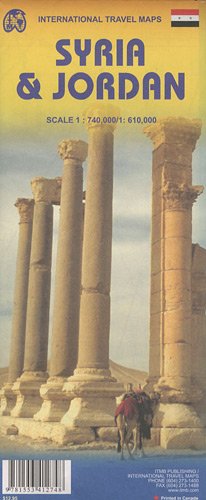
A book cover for Jordan 1:610,000 & Syria 1:740,000 Travel map (International Travel Maps); ITM Canada; Travel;